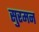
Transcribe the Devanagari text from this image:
सुरमन